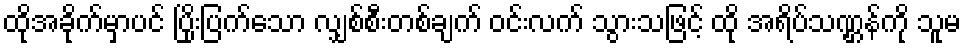
ထိုအခိုက်မှာပင် ပြိုးပြက်သော လျှစ်စီးတစ်ချက် ဝင်းလက် သွားသဖြင့် ထို အရိပ်သဏ္ဌန်ကို သူမ